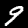
Label: 9